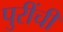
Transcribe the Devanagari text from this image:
पुरींची